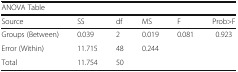
| <COLSPAN=6> ANOVA Table |
 | Source | SS | df | MS | F | Prob>F |
 | --- | --- | --- | --- | --- | --- |
 | Groups (Between) | 0.039 | 2 | 0.019 | 0.081 | 0.923 |
 | Error (Within) | 11.715 | 48 | 0.244 |  |  |
 | Total | 11.754 | 50 |  |  |  |